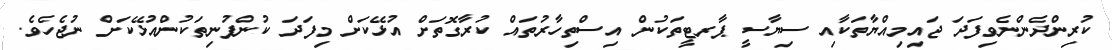
ކުރިންދެންނެވިފަދަ ޖައިމިއްޔާތަކާއި ސިޔާސީ ޕާރޓީތަކުން އިސްތިހާރުތައް ކުރާގޮތަށް އުޅޭކަށް މިފަދަ ކުންފުނިތަކުންއުޅޭކަށް ނުޖެހެވެ.